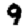
Digit: 9